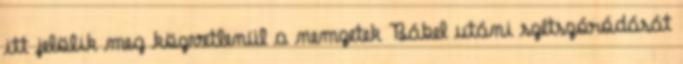
itt jelölik meg közvetlenül a nemzetek Bábel utáni szétszóródását